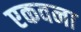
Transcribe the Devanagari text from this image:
एकवना